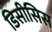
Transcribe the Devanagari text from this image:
डिसीसिस